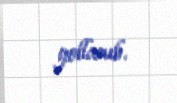
yollanıb.